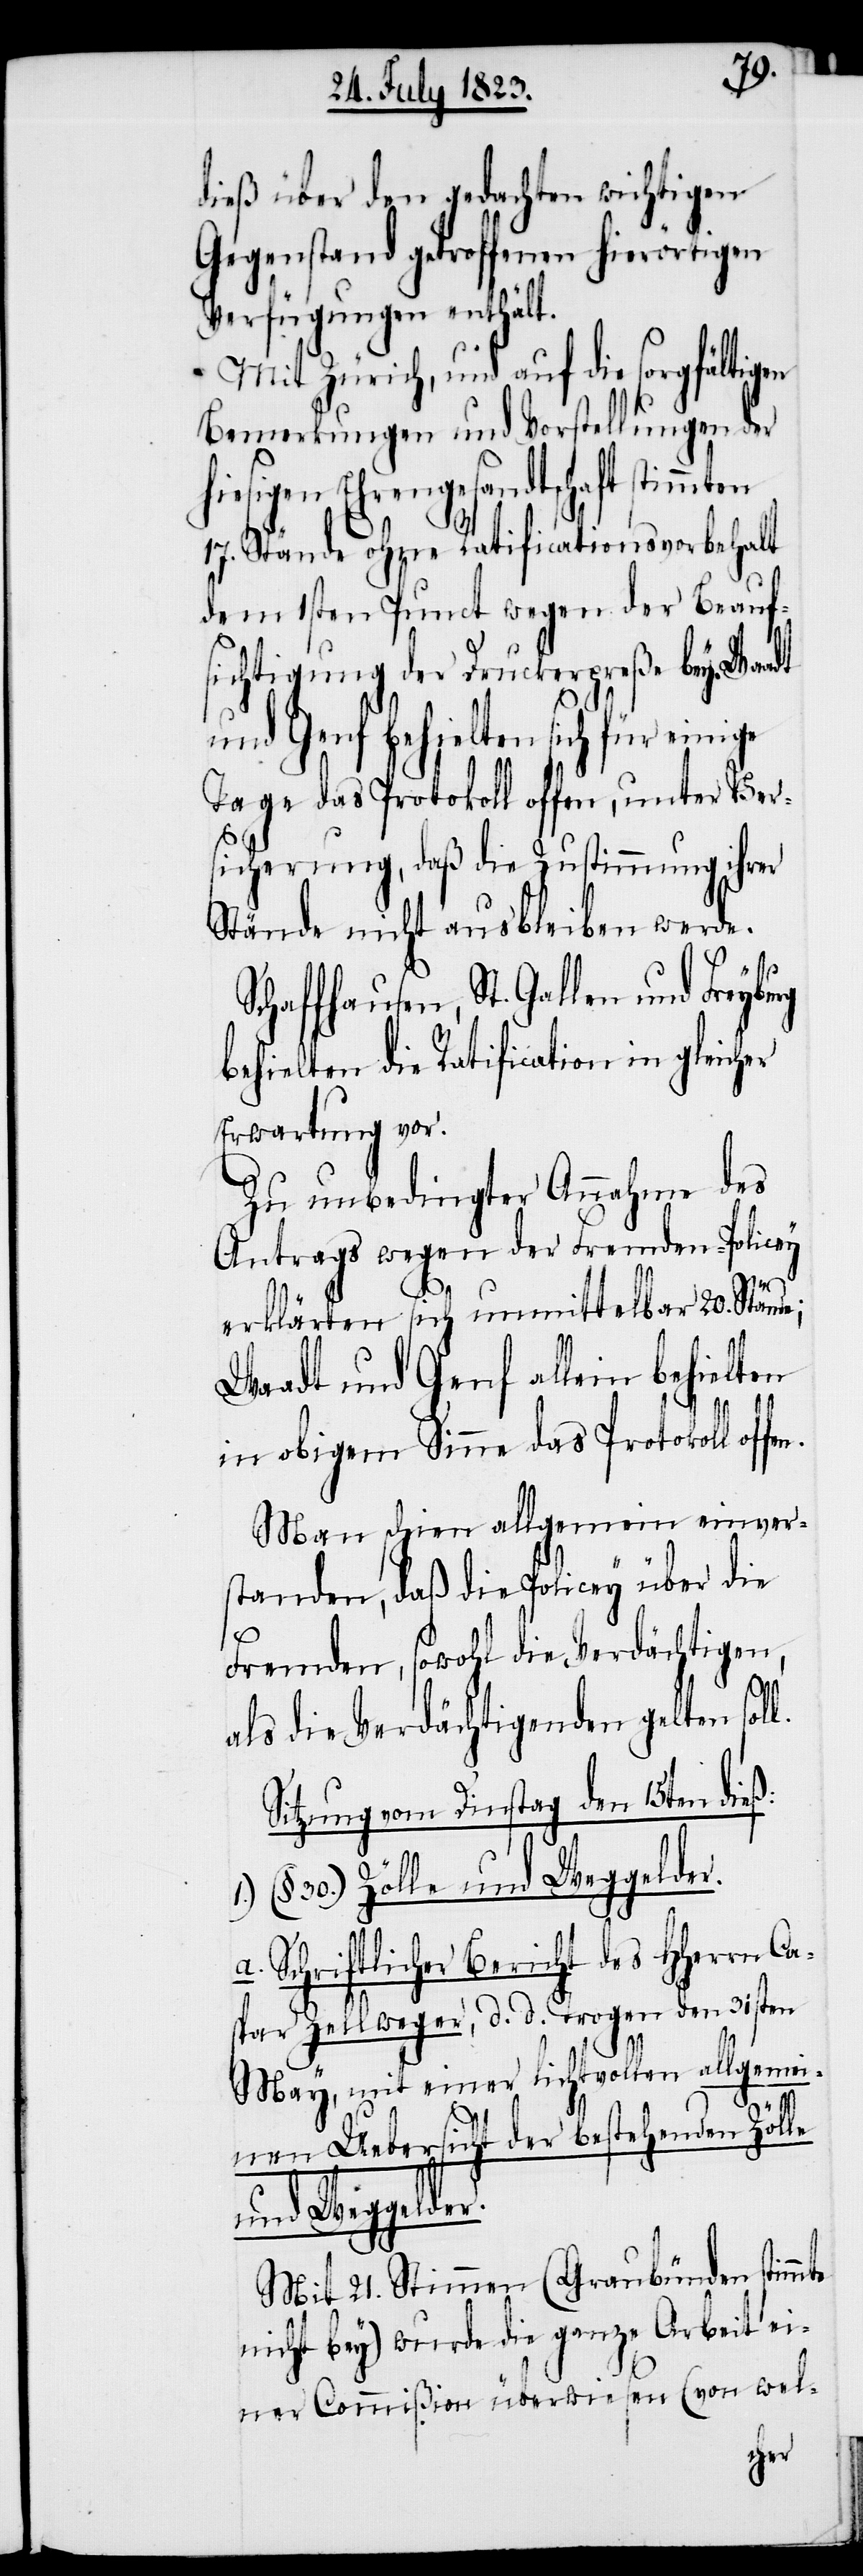
dieß über den gedachten wichtigen
Gegenstand getroffenen hierörtigen
Verfügungen enthält.
Mit Zürich, und auf die sorgfältigen
Bemerkungen und Vorstellungen der
Ehrengesandtschaft stimmten
17. Stände ohne Ratificationsvorbehalt
dem 1sten Punct wegen der Beauf¬
sichtigung der Druckerpreße bey. Waadt
und Genf behielten sich für einige
Tage das Protokoll offen, unter Vers¬
icherung, daß die Zustimmung ihrer
Stände nicht ausbleiben werde.
behielten die Ratification in gleicher
Erwartung vor.
Zu unbedingter Annahme des
Antrags wegen der Fremden-Policey
erklärten sich unmittelbar 20. Stän¬
Waadt und Genf allein behielten
in obigem Sinne das Protokoll offe¬
Man schien allgemein einver¬
standen, daß die Policey über die
Fremden, sowohl die Verdächtigen,
als die Verdächtigenden gelten sol¬
Sitzung vom Dinstag den 15ten dieß:
(§. 30.) Zölle und Weggelder.
a. Schriftlicher Bericht des HHerrn Ca¬
spar Zellweger, d. d. Trogen den 31sten
mte
May, mit einer lichtvollen allgemei¬
nen Uebersicht der bestehenden Zölle
und Weggelder.
Mit 21. Stimmen (Graubünden stim¬
nicht bey) wurde die ganze Arbeit ei¬
ner Commißion überwiesen (von wel-